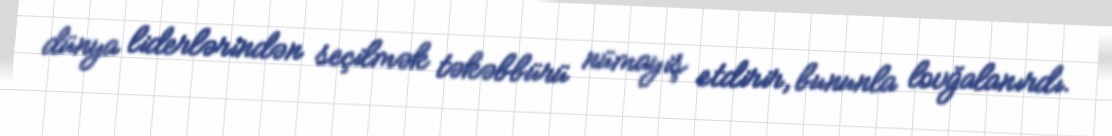
dünya liderlərindən seçilmək təkəbbürü nümayiş etdirir, bununla lovğalanırdı.